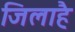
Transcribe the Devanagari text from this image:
जिलाहै